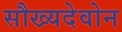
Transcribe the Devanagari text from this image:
सौख्यदेवोन